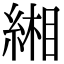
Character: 緗